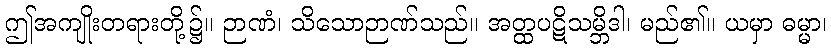
ဤအကျိုးတရားတို့၌။ ဉာဏံ၊ သိသောဉာဏ်သည်။ အတ္ထပဋိသမ္ဘိဒါ၊ မည်၏။ ယမှာ ဓမ္မာ၊